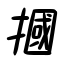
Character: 摑